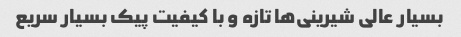
بسیار عالی شیرینی‌ها تازه و با کیفیت پیک بسیار سریع